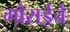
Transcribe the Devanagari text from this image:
गोराईचे